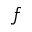
f